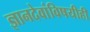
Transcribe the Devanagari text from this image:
ज्ञानदेवांविषयीही